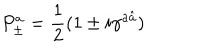
LaTeX: P _ { \pm } ^ { a } = { \frac { 1 } { 2 } } ( 1 \pm i \gamma ^ { a \hat { a } } )